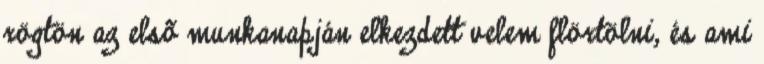
rögtön az elsõ munkanapján elkezdett velem flörtölni, és ami